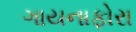
ગાયનાફોરા